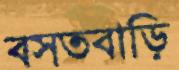
বসতবাড়ি